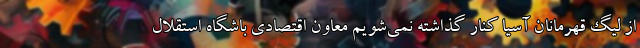
از لیگ قهرمانان آسیا کنار گذاشته نمی‌شویم معاون اقتصادی باشگاه استقلال